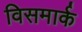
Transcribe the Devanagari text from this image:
विसमार्क